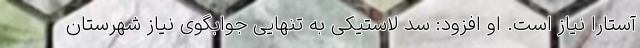
آستارا نیاز است. او افزود: سد لاستیکی به تنهایی جوابگوی نیاز شهرستان